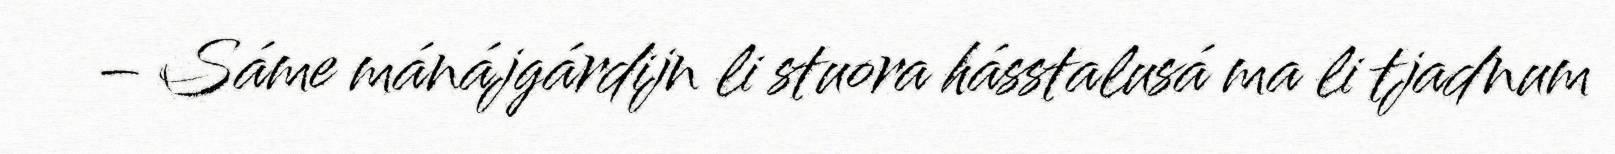
– Sáme mánájgárdijn li stuora hásstalusá ma li tjadnum